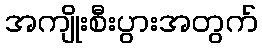
အကျိုးစီးပွားအတွက်